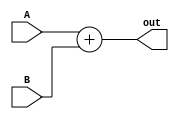


module Adder_32bit(A , B , out);

input wire [31:0] A, B;
output wire [31:0] out;

assign out = A + B;

endmodule